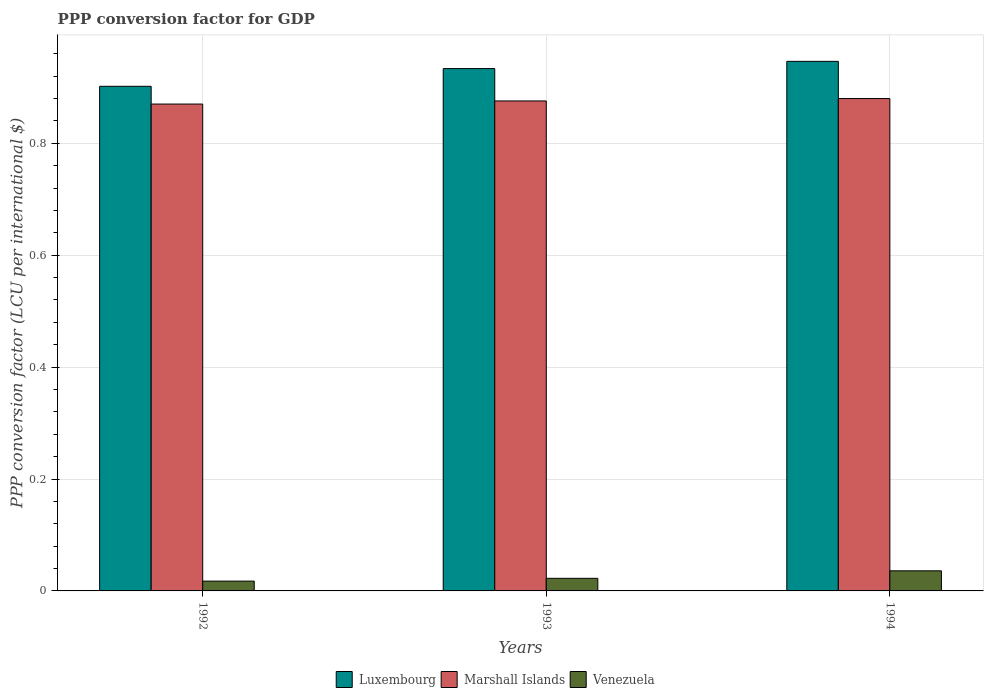
| Years | Luxembourg | Marshall Islands | Venezuela |
 | --- | --- | --- | --- |
 | 1992 | 0.902 | 0.87 | 0.0175 |
 | 1993 | 0.934 | 0.876 | 0.0225 |
 | 1994 | 0.946 | 0.88 | 0.0359 |